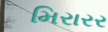
મિરારર